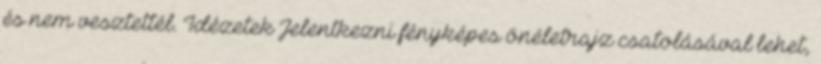
és nem vesztettél. Idézetek Jelentkezni fényképes önéletrajz csatolásával lehet,